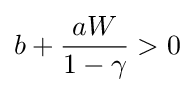
b+{\frac {aW}{1-\gamma }}>0